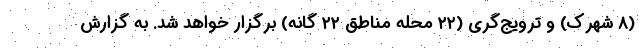
(۸ شهرک) و ترویج‌گری (۲۲ محله مناطق ۲۲ گانه) برگزار خواهد شد. به گزارش